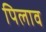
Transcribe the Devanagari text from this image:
पिलाव